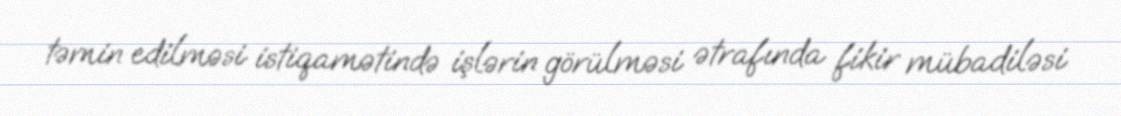
təmin edilməsi istiqamətində işlərin görülməsi ətrafında fikir mübadiləsi